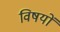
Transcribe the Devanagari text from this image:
विषयाें